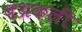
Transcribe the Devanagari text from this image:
बथ्रकली